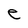
Character: e